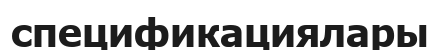
спецификациялары